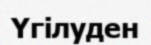
Үгілуден